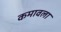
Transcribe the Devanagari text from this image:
कमावला